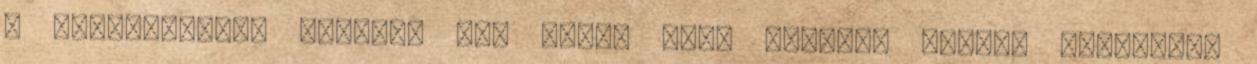
a következőket mondta: "Az idény első felében kaptam labdákat,